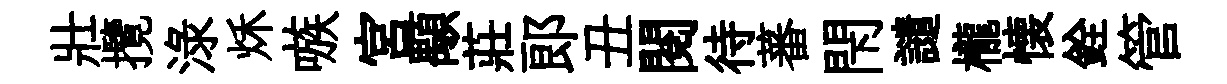
壯攬渌秌嗾宫顒莊郞丑閱待蕃閇譴櫳懐銓管